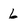
Character: 6